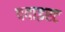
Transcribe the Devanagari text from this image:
ददाइस्ट